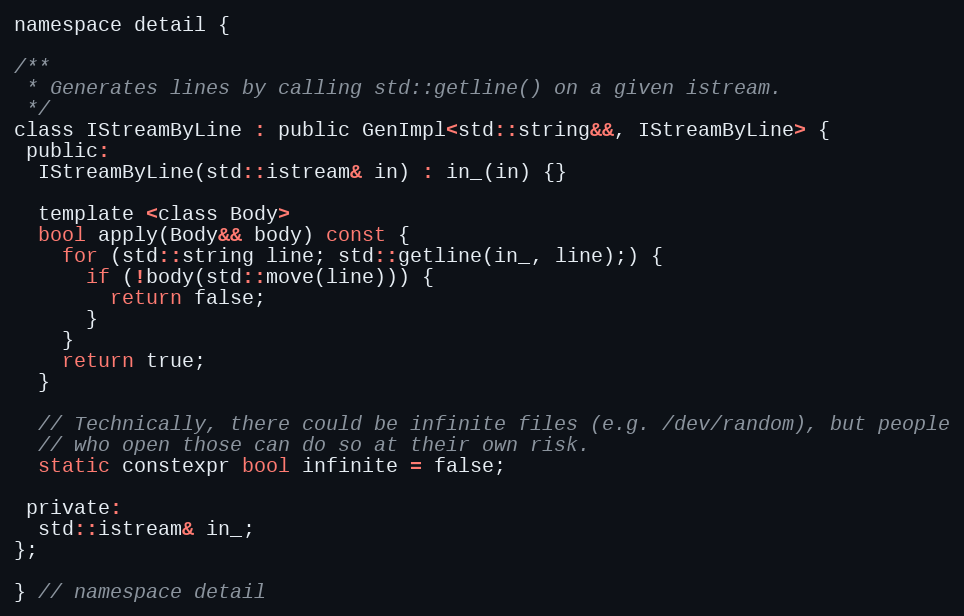
Language: C
namespace detail {

/**
 * Generates lines by calling std::getline() on a given istream.
 */
class IStreamByLine : public GenImpl<std::string&&, IStreamByLine> {
 public:
  IStreamByLine(std::istream& in) : in_(in) {}

  template <class Body>
  bool apply(Body&& body) const {
    for (std::string line; std::getline(in_, line);) {
      if (!body(std::move(line))) {
        return false;
      }
    }
    return true;
  }

  // Technically, there could be infinite files (e.g. /dev/random), but people
  // who open those can do so at their own risk.
  static constexpr bool infinite = false;

 private:
  std::istream& in_;
};

} // namespace detail